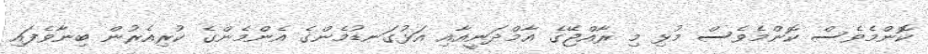
ކޮންމެވެސް ކޮންމެވެސް މުޅި މި ރާއްޖޭގެ އާމްދަނީއާއި އަޅުގަނޑުމެންގެ އެންމެންގެ ކުރިއެރުން ބިނާވެފައި